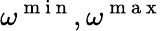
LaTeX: \omega^{\mathrm{~m~i~n~}},\omega^{\mathrm{~m~a~x~}}